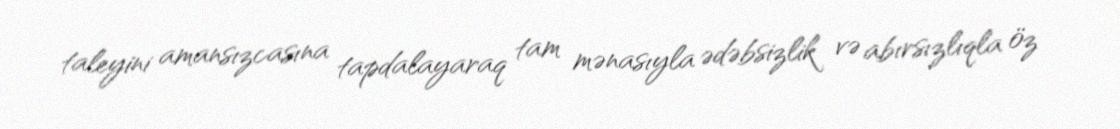
taleyini amansızcasına tapdalayaraq tam mənasıyla ədəbsizlik və abırsızlıqla öz